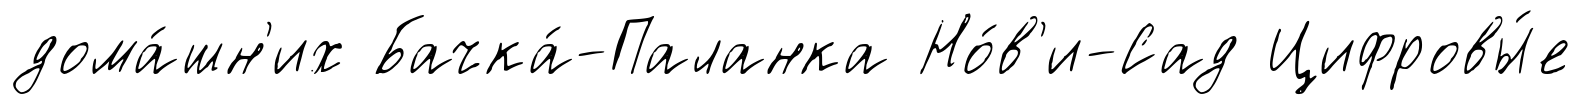
дома́шн'их Бачка́-Паланка Но́в'и-Сад Цифровы́е